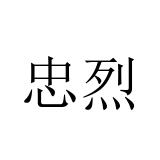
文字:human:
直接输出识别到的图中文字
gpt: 忠烈